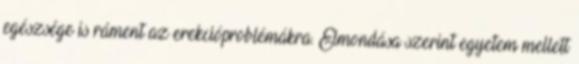
egészsége is ráment az erekcióproblémákra. Elmondása szerint egyetem mellett